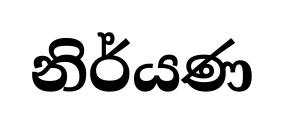
නිර්යණ